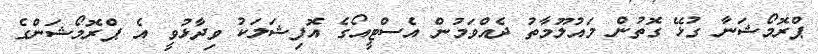
ޕްރޮމޯޝަނާ ގުޅޭ ގޮތުން މައުލޫމާތު ދެއްވަމުން އެސްޓީއޯގެ އޮފިޝަލަކު ވިދާޅުވީ އެ ޕްރޮމޯޝަންގެ